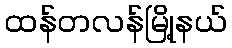
ထန်တလန်မြို့နယ်